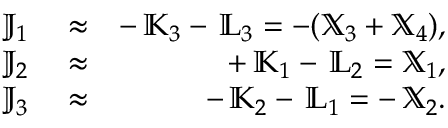
\begin{array} { r l r } { { \mathbb J } _ { 1 } } & { { } \approx } & { - \, { \mathbb K } _ { 3 } - \, { \mathbb L } _ { 3 } = - ( { \mathbb X } _ { 3 } + { \mathbb X } _ { 4 } ) , } \\ { { \mathbb J } _ { 2 } } & { { } \approx } & { + \, { \mathbb K } _ { 1 } - \, { \mathbb L } _ { 2 } = { \mathbb X } _ { 1 } , } \\ { { \mathbb J } _ { 3 } } & { { } \approx } & { - \, { \mathbb K } _ { 2 } - \, { \mathbb L } _ { 1 } = - \, { \mathbb X } _ { 2 } . } \end{array}